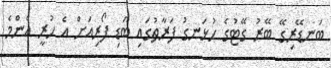
ބަނޑޭރިގޭ ބޭރު ގޭޓުގެ ހުޅަނގު ފަރާތުގައި ބަޑި ފޯރިއަށް އެ ހުރީ އެންމެ